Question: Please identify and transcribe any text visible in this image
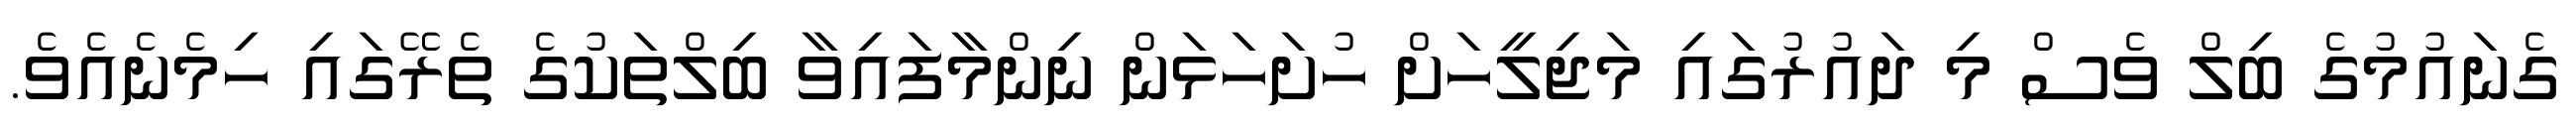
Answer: ގެނައުމުގެ ބިލް ވެސް މި ދައުރުގައި މަޖިލީހަށް ހުށަހަޅަން ނިންމާފައިވާ ބިލްތަކުގެ ތެރޭގައި ހިމެނެއެވެ.